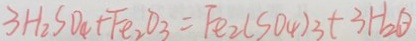
3 H _ { 2 } S O _ { 4 } + F e _ { 2 } O _ { 3 } = F e _ { 2 } ( S O _ { 4 } ) _ { 3 } + 3 H _ { 2 } O